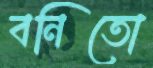
বনিতো